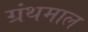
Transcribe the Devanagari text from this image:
ग्रंथमाल